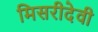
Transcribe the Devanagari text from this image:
मिसरीदेवी